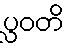
ပ္လဝတိ